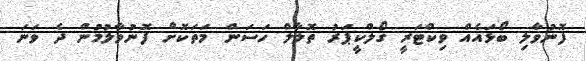
ފޮނުވާލި ބޯޅައެއް ވިކްޓަރީ ގޯލްކީޕަރު ތޮލާލް ހަސަން މަތަކޮށް ފޮނުވާލުމުން ދެ ވަނަ